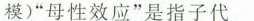
模)“母性效应”是指子代